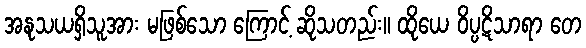
အနုသယရှိသူအား မဖြစ်သော ကြောင့် ဆိုသတည်း။ ထိုယေ ဝိပ္ပဋိသာရာ တေ